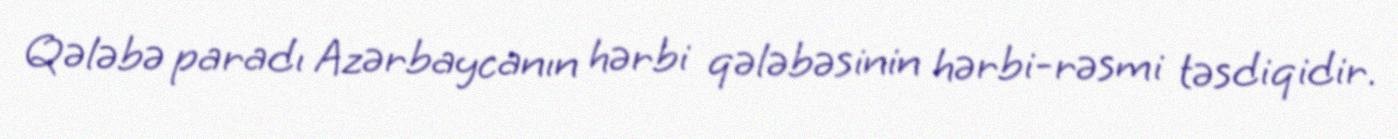
Qələbə paradı Azərbaycanın hərbi qələbəsinin hərbi-rəsmi təsdiqidir.